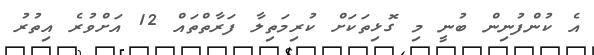
އެ ކުންފުނިން ބުނީ މި ގޮޅިތަކަށް ކުރިމަތިލާ ފަރާތްތައް 12 އަށްވުރެ އިތުރު